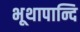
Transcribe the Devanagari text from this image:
भूथापान्दि